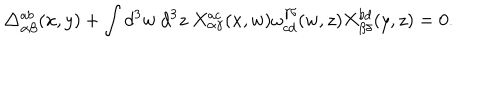
LaTeX: \triangle _ { \alpha \beta } ^ { a b } ( x , y ) + \int d ^ { 3 } w ~ d ^ { 3 } z ~ X _ { \alpha \gamma } ^ { a c } ( x , w ) \omega _ { c d } ^ { \gamma \delta } ( w , z ) X _ { \beta \delta } ^ { b d } ( y , z ) = 0 .